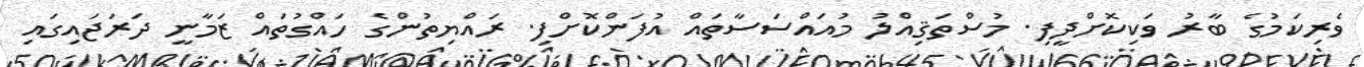
ވެރިކަމުގެ ބާރު ވަކިކޮށްދީފި. މުސްތަޤިއްލު މުއައްސަސާތައް އުފަންކޮށްފި. ރައްޔިތުންގެ ހައްގުތައް ޒަމާނީ ދަރަޖައިގައި